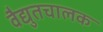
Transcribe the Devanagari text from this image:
वैद्युतचालक